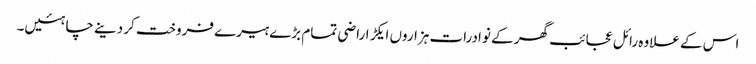
اس کے علاوہ رائل عجائب گھر کے نوادرات ہزاروں ایکڑ اراضی تمام بڑے ہیرے فروخت کر دینے چاہئیں۔